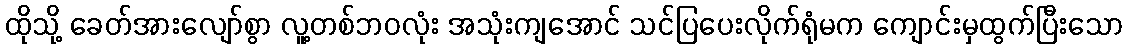
ထိုသို့ ခေတ်အားလျော်စွာ လူ့တစ်ဘဝလုံး အသုံးကျအောင် သင်ပြပေးလိုက်ရုံမက ကျောင်းမှထွက်ပြီးသော